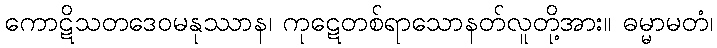
ကောဋိသတဒေဝမနုဿာန၊ ကုဋေတစ်ရာသောနတ်လူတို့အား။ ဓမ္မာမတံ၊